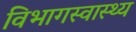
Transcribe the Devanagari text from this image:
विभागस्वास्थ्य